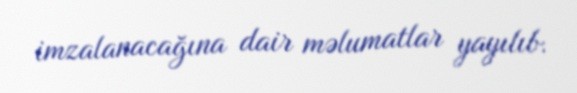
imzalanacağına dair məlumatlar yayılıb.